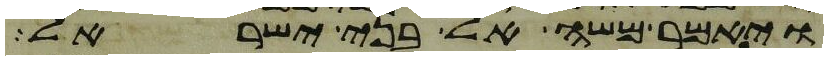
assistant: ויאמר משה אל בני ישראל